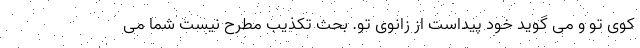
کوی تو و می گوید خود پیداست از زانوی تو. بحث تکذیب مطرح نیست شما می